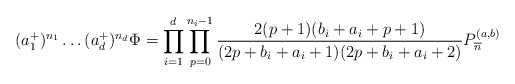
\begin{align*}(a_1^+)^{n_1}\dots(a_d^+)^{n_d}\Phi=\prod_{i=1}^d\prod_{p=0}^{n_i-1}\frac{2(p+1)(b_i+a_i+p+1)}{(2p+b_i+a_i+1)(2p+b_i+a_i+2)}P^{(a,b)}_{\overline{n}}\end{align*}